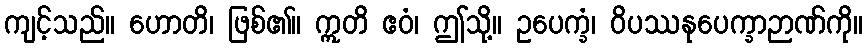
ကျင့်သည်။ ဟောတိ၊ ဖြစ်၏။ ဣတိ ဧဝံ၊ ဤသို့။ ဥပေက္ခံ၊ ဝိပဿနုပေက္ခာဉာဏ်ကို။